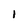
Character: I